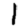
Digit: 1